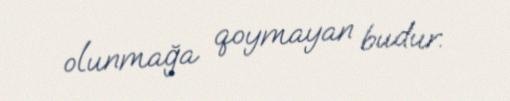
olunmağa qoymayan budur.